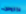
لازاروس